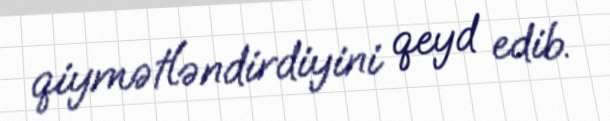
qiymətləndirdiyini qeyd edib.